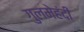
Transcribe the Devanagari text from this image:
गुलमेहंदी